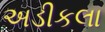
અડીકલા